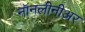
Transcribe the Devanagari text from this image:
नॉनलीनीअर